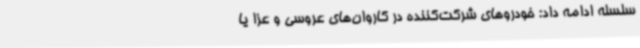
سلسله ادامه داد: خودروهای شرکت‌کننده در کاروان‌های عروسی و عزا یا